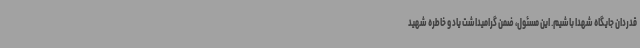
قدردان جایگاه شهدا باشیم. این مسئول، ضمن گرامیداشت یاد و خاطره شهید